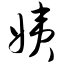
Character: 姨